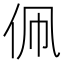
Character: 𬽳